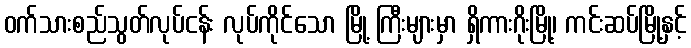
ဝက်သားစည်သွတ်လုပ်ငန်း လုပ်ကိုင်သော မြို့ ကြီးများမှာ ရှိကားဂိုးမြို့၊ ကင်းဆပ်မြို့နှင့်